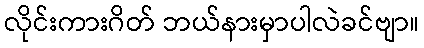
လိုင်းကားဂိတ် ဘယ်နားမှာပါလဲခင်ဗျာ။